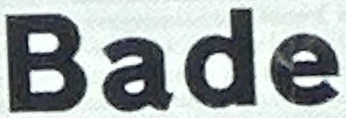
Bade